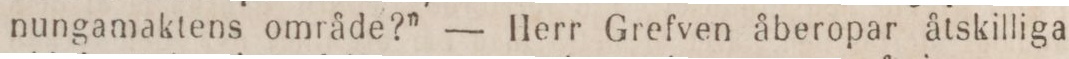
nungamaktens område?” — Herr Grefven åberopar åtskilliga